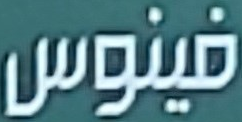
فينوس